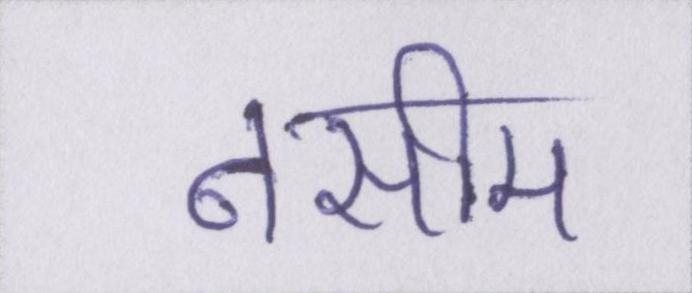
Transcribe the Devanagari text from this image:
नसीम